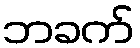
ဘခက်